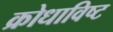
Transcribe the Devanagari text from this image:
क्रोधाविष्ट